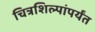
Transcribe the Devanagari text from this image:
चित्रशिल्पांपर्यंत